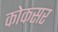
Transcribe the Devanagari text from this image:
कोकसर